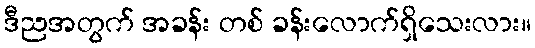
ဒီညအတွက် အခန်း တစ် ခန်းလောက်ရှိသေးလား။